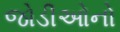
જોડીઓનો